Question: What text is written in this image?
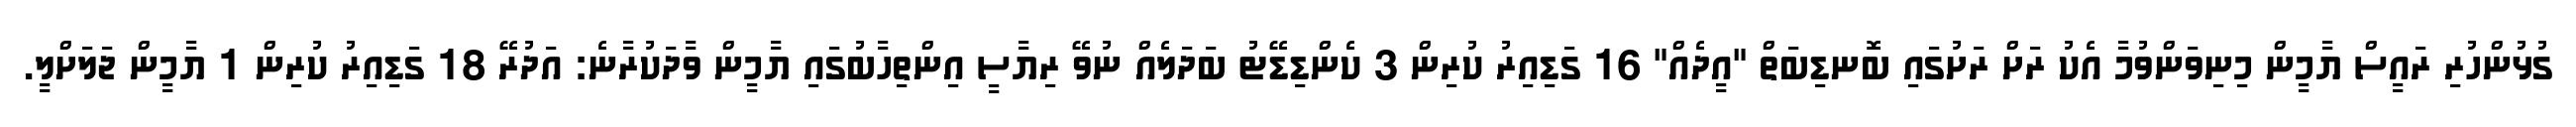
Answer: ގުޅުންހުރި ރައީސް ޔާމީން މިނިވަންވުމާ އެކު ރަށް ރަށުގައި ބޮނޑިބަތް "އީދެއް" 16 ގަޑިއިރު ކުރިން 3 ކެންޑިޑޭޓު ބަދަލެއް ނުވޭ ރިޔާސީ އިންތިހާބުގައި ޔާމީން ވާދަކުރާނެ: އަދުރޭ 18 ގަޑިއިރު ކުރިން 1 ޔާމީން ޖަލަށްލީ.